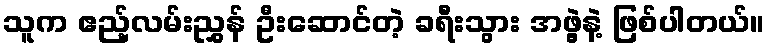
သူက ဧည့်လမ်းညွှန် ဦးဆောင်တဲ့ ခရီးသွား အဖွဲ့နဲ့ ဖြစ်ပါတယ်။